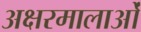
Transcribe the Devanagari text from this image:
अक्षरमालाओं